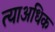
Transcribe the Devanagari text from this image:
त्याअधिक